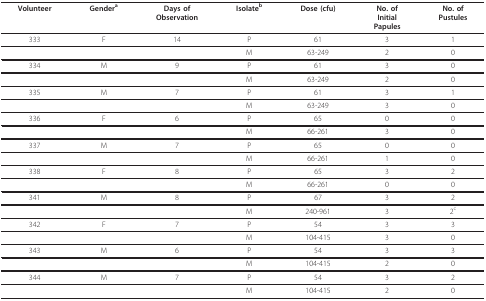
<table><thead><tr><td><b>Volunteer</b></td><td><b>Gender<sup>a</sup></b></td><td><b>Days ofObservation</b></td><td><b>Isolate<sup>b</sup></b></td><td><b>Dose (cfu)</b></td><td><b>No. ofInitialPapules</b></td><td><b>No. ofPustules</b></td></tr></thead><tbody><tr><td>333</td><td>F</td><td>14</td><td>P</td><td>61</td><td>3</td><td>1</td></tr><tr><td></td><td></td><td></td><td>M</td><td>63-249</td><td>2</td><td>0</td></tr><tr><td>334</td><td>M</td><td>9</td><td>P</td><td>61</td><td>3</td><td>0</td></tr><tr><td></td><td></td><td></td><td>M</td><td>63-249</td><td>2</td><td>0</td></tr><tr><td>335</td><td>M</td><td>7</td><td>P</td><td>61</td><td>3</td><td>1</td></tr><tr><td></td><td></td><td></td><td>M</td><td>63-249</td><td>3</td><td>0</td></tr><tr><td>336</td><td>F</td><td>6</td><td>P</td><td>65</td><td>0</td><td>0</td></tr><tr><td></td><td></td><td></td><td>M</td><td>66-261</td><td>3</td><td>0</td></tr><tr><td>337</td><td>M</td><td>7</td><td>P</td><td>65</td><td>0</td><td>0</td></tr><tr><td></td><td></td><td></td><td>M</td><td>66-261</td><td>1</td><td>0</td></tr><tr><td>338</td><td>F</td><td>8</td><td>P</td><td>65</td><td>3</td><td>2</td></tr><tr><td></td><td></td><td></td><td>M</td><td>66-261</td><td>0</td><td>0</td></tr><tr><td>341</td><td>M</td><td>8</td><td>P</td><td>67</td><td>3</td><td>2</td></tr><tr><td></td><td></td><td></td><td>M</td><td>240-961</td><td>3</td><td>2<sup>c</sup></td></tr><tr><td>342</td><td>F</td><td>7</td><td>P</td><td>54</td><td>3</td><td>3</td></tr><tr><td></td><td></td><td></td><td>M</td><td>104-415</td><td>3</td><td>0</td></tr><tr><td>343</td><td>M</td><td>6</td><td>P</td><td>54</td><td>3</td><td>3</td></tr><tr><td></td><td></td><td></td><td>M</td><td>104-415</td><td>2</td><td>0</td></tr><tr><td>344</td><td>M</td><td>7</td><td>P</td><td>54</td><td>3</td><td>2</td></tr><tr><td></td><td></td><td></td><td>M</td><td>104-415</td><td>2</td><td>0</td></tr></tbody></table>